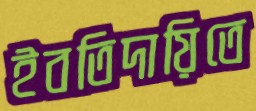
ইবতিদায়িতে